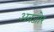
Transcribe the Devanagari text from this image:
अवजोर